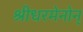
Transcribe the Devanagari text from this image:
श्रीधरमेनोन्